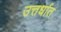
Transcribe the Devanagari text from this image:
उत्तर्धात